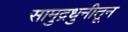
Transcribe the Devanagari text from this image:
सामुद्रधुनीतून